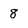
Character: 8